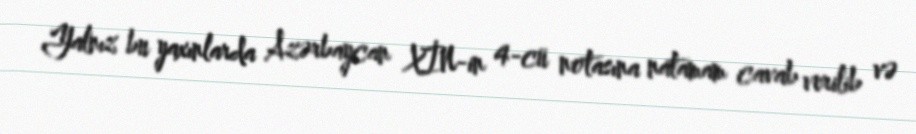
Yalnız bu yaxınlarda Azərbaycan XİN-in 4-cü notasına natamam cavab verilib və